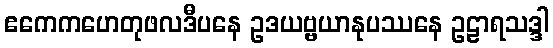
ဧကေကဟေတုဖလဒီပနေ ဥဒယဗ္ဗယာနုပဿနေ ဥဠာရသဒ္ဒါ